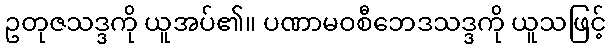
ဥတုဇသဒ္ဒကို ယူအပ်၏။ ပဏာမဝစီဘေဒသဒ္ဒကို ယူသဖြင့်